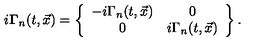
i { \bf \Gamma } _ { n } ( t , \vec { x } ) = \left\{ \begin{array} { c c } { - i \Gamma _ { n } ( t , \vec { x } ) } & { 0 } \\ { 0 } & { i \Gamma _ { n } ( t , \vec { x } ) } \\ \end{array} \right\} .